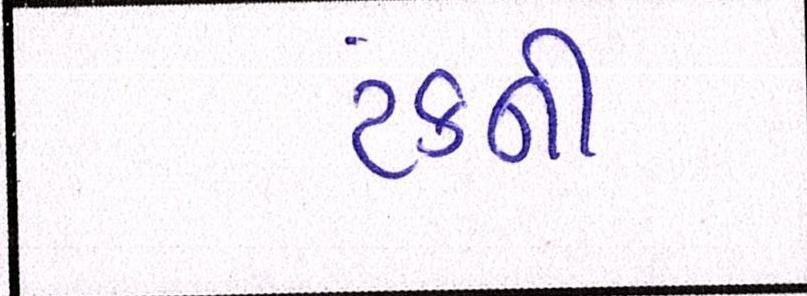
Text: ટંકની